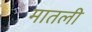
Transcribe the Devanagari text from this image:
मातली